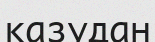
қазудан